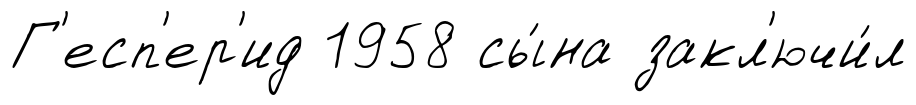
Г'есп'ер'ид 1958 сы́на закл'ючи́л